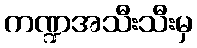
ကဏ္ဍအသီးသီးမှ